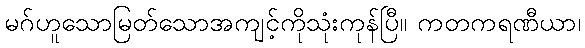
မဂ်ဟူသောမြတ်သောအကျင့်ကိုသုံးကုန်ပြီ။ ကတကရဏီယာ၊